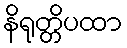
နိရုတ္တိပထာ